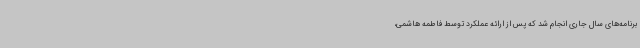
برنامه‌های سال جاری انجام شد که پس از ارائه عملکرد توسط فاطمه هاشمی،